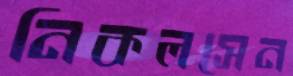
নিকলসেন